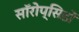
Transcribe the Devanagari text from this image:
सॉरोप्सिडों